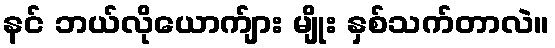
နင် ဘယ်လိုယောက်ျား မျိုး နှစ်သက်တာလဲ။